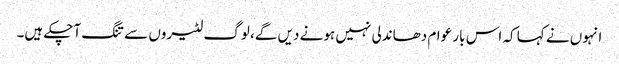
انہوں نے کہا کہ اس بار عوام دھاندلی نہیں ہونے دیں گے، لوگ لٹیروں سے تنگ آچکے ہیں۔